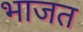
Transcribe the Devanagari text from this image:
भाजत